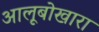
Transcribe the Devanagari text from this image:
आलूबोखारा